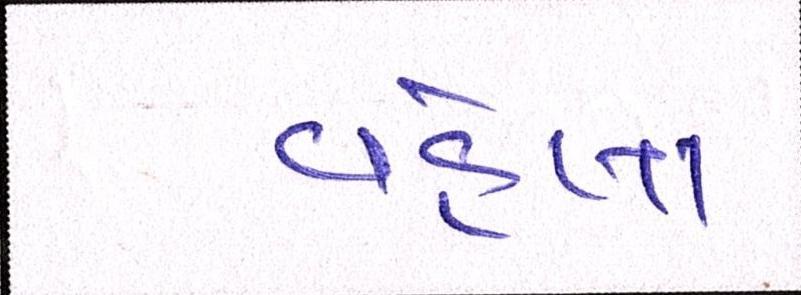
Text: વહેલા